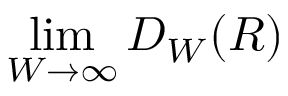
\operatorname* { l i m } _ { W \to \infty } D _ { W } ( R )